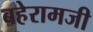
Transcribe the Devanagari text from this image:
बहेरामजी